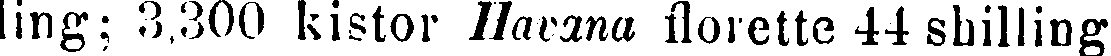
ling; 3,300 kistor Havana florette 44 shilling